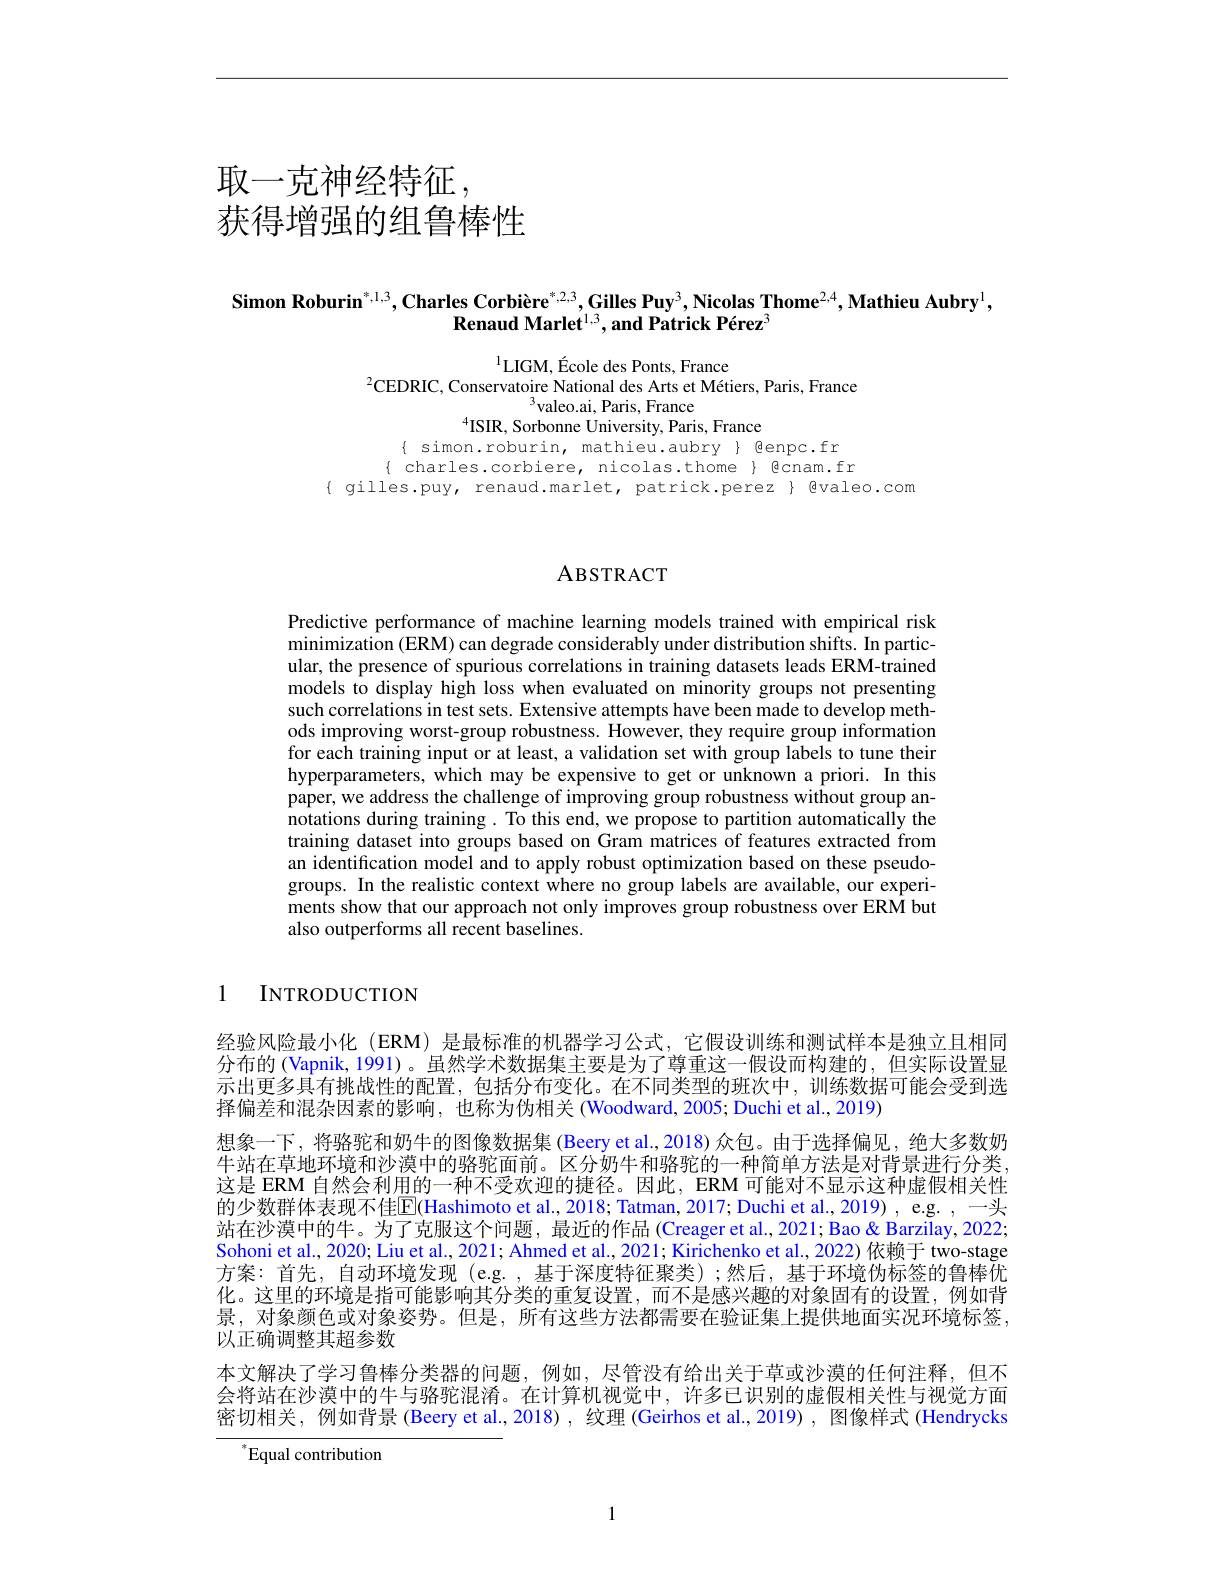
# 取一克神经特征， 获得增强的组鲁棒性

Simon Roburin$^*,1,3,\textbf{Charles Corbière}^{*,2,3},\textbf{Gilles Puy}^3,\textbf{Nicolas Thome}^{2,4},\textbf{Mathieu Aubry}^1$,
Renaud Marlet$^1,3$,and Patrick Pérez$^3$

$^{1}$LIGM, École des Ponts, France
$^{2}$CEDRIC, Conservatoire National des Arts et Métiers, Paris, France
$^{3}$valeo.ai, Paris, France
$^{4}$ISIR, Sorbonne University, Paris, France
$\{ simon.roburin, mathieu.aubry \} Benpc.fr$

$\{ charles.corbiere, nicolas.thome $ Qcnam.fr$
$\{ gilles.puy, renaud.marlet, patrick.perez $ @valeo.com$

## ABSTRACT

Predictive performance of machine learning models trained with empirical risk minimization (ERM) can degrade considerably under distribution shifts. In particular, the presence of spurious correlations in training datasets leads ERM-trained models to display high loss when evaluated on minority groups not presenting such correlations in test sets. Extensive attempts have been made to develop methods improving worst-group robustness. However, they require group information for each training input or at least, a validation set with group labels to tune their hyperparameters, which may be expensive to get or unknown a priori. In this paper, we address the challenge of improving group robustness without group annotations during training. To this end, we propose to partition automatically the training dataset into groups based on Gram matrices of features extracted from an identification model and to apply robust optimization based on these pseudogroups. In the realistic context where no group labels are available, our experiments show that our approach not only improves group robustness over ERM but also outperforms all recent baselines.

1 INTRODUCTION

经验风险最小化 (ERM) 是最标准的机器学习公式，它假设训练和测试样本是独立且相同分布的 (Vapnik, 1991) 。虽然学术数据集主要是为了尊重这一假设而构建的，但实际设置显示出更多具有挑战性的配置，包括分布变化。在不同类型的班次中，训练数据可能会受到选择偏差和混杂因素的影响，也称为伪相关(Woodward,2005;Duchi et al.,2019)
想象一下，将骆驼和奶牛的图像数据集 (Beery et al.,2018)众包。由于选择偏见，绝大多数奶牛站在草地环境和沙漠中的骆驼面前。区分奶牛和骆驼的一种简单方法是对背景进行分类， 这是 ERM 自然会利用的一种不受欢迎的捷径。因此，ERM 可能对不显示这种虚假相关性的少数群体表现不佳$\mathbb{E}($Hashimoto et al.,2018; Tatman, 2017; Duchi et al.,2019) , e.g. ,一头站在沙漠中的牛。为了克服这个问题，最近的作品 (Creager et al., 2021; Bao & Barzilay, 2022; Sohoni et al., 2020; Liu et al., 2021; Ahmed et al., 2021; Kirichenko et al., 2022) 依赖于 two-stage 方案：首先，自动环境发现 (e.g. , 基于深度特征聚类);然后，基于环境伪标签的鲁棒优化。这里的环境是指可能影响其分类的重复设置，而不是感兴趣的对象固有的设置，例如背景，对象颜色或对象姿势。但是，所有这些方法都需要在验证集上提供地面实况环境标签， 以正确调整其超参数
本文解决了学习鲁棒分类器的问题，例如，尽管没有给出关于草或沙漠的任何注释，但不会将站在沙漠中的牛与骆驼混淆。在计算机视觉中，许多已识别的虚假相关性与视觉方面密切相关，例如背景 (Beery et al.,2018) , 纹理 (Geirhos et al.,2019) , 图像样式 (Hendrycks

 Equal contribution

1